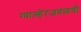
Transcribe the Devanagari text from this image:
ग्वाल्हेरजवळची